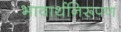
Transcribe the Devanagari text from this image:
भावार्थनिरूपण